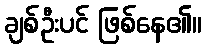
ချစ်ဦးပင် ဖြစ်နေ၏။